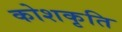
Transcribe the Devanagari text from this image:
कोशकृति